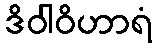
ဒိဝါဝိဟာရံ